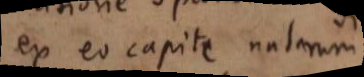
ex eo capite natarum